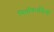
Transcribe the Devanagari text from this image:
निर्वाणभक्तियों